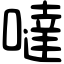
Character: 噠